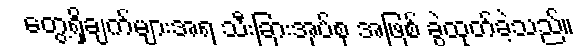
တွေ့ရှိချက်များအရ သီးခြားအုပ်စု အဖြစ် ခွဲထုတ်ခဲ့သည်။